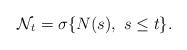
LaTeX: \begin{align*} \mathcal{N}_{t}=\sigma\{N(s),\ s\le t\}.\end{align*}